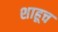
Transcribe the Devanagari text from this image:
शाहूच